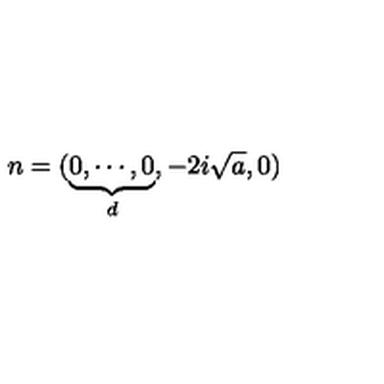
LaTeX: n = ( \underbrace { 0 , \cdots , 0 } _ { d } , - 2 i \sqrt { a } , 0 )